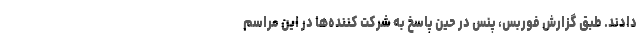
دادند. طبق گزارش فوربس، پنس در حین پاسخ به شرکت کننده‌ها در این مراسم